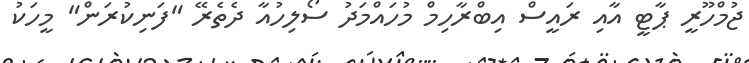
ޖުމްހޫރީ ޕާޓީ އާއި ރައީސް އިބްރާހިމް މުހައްމަދު ސޯލިހުއާ ދެތެރޭ "ފަނިކުރަން" މީހަކު